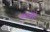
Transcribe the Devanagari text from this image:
काजवे